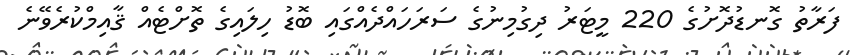
ފަރާތު ގޮނޑުދޮށުގެ 220 މީޓަރު ދިގުމިނުގެ ސަރަހައްދެއްގައި ބޮޑު ހިލައިގެ ތޮށްޓެއް ޤާއިމްކުރެވޭނެ